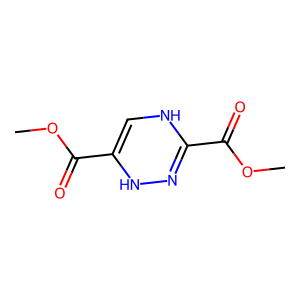
SMILES: COC(=O)C1=CNC(C(=O)OC)=NN1
Inhibits HIV replication: No